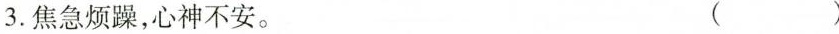
3.焦急烦躁，心神不安。 ( )